Leningradi_Edasi_toimetus, lk 75
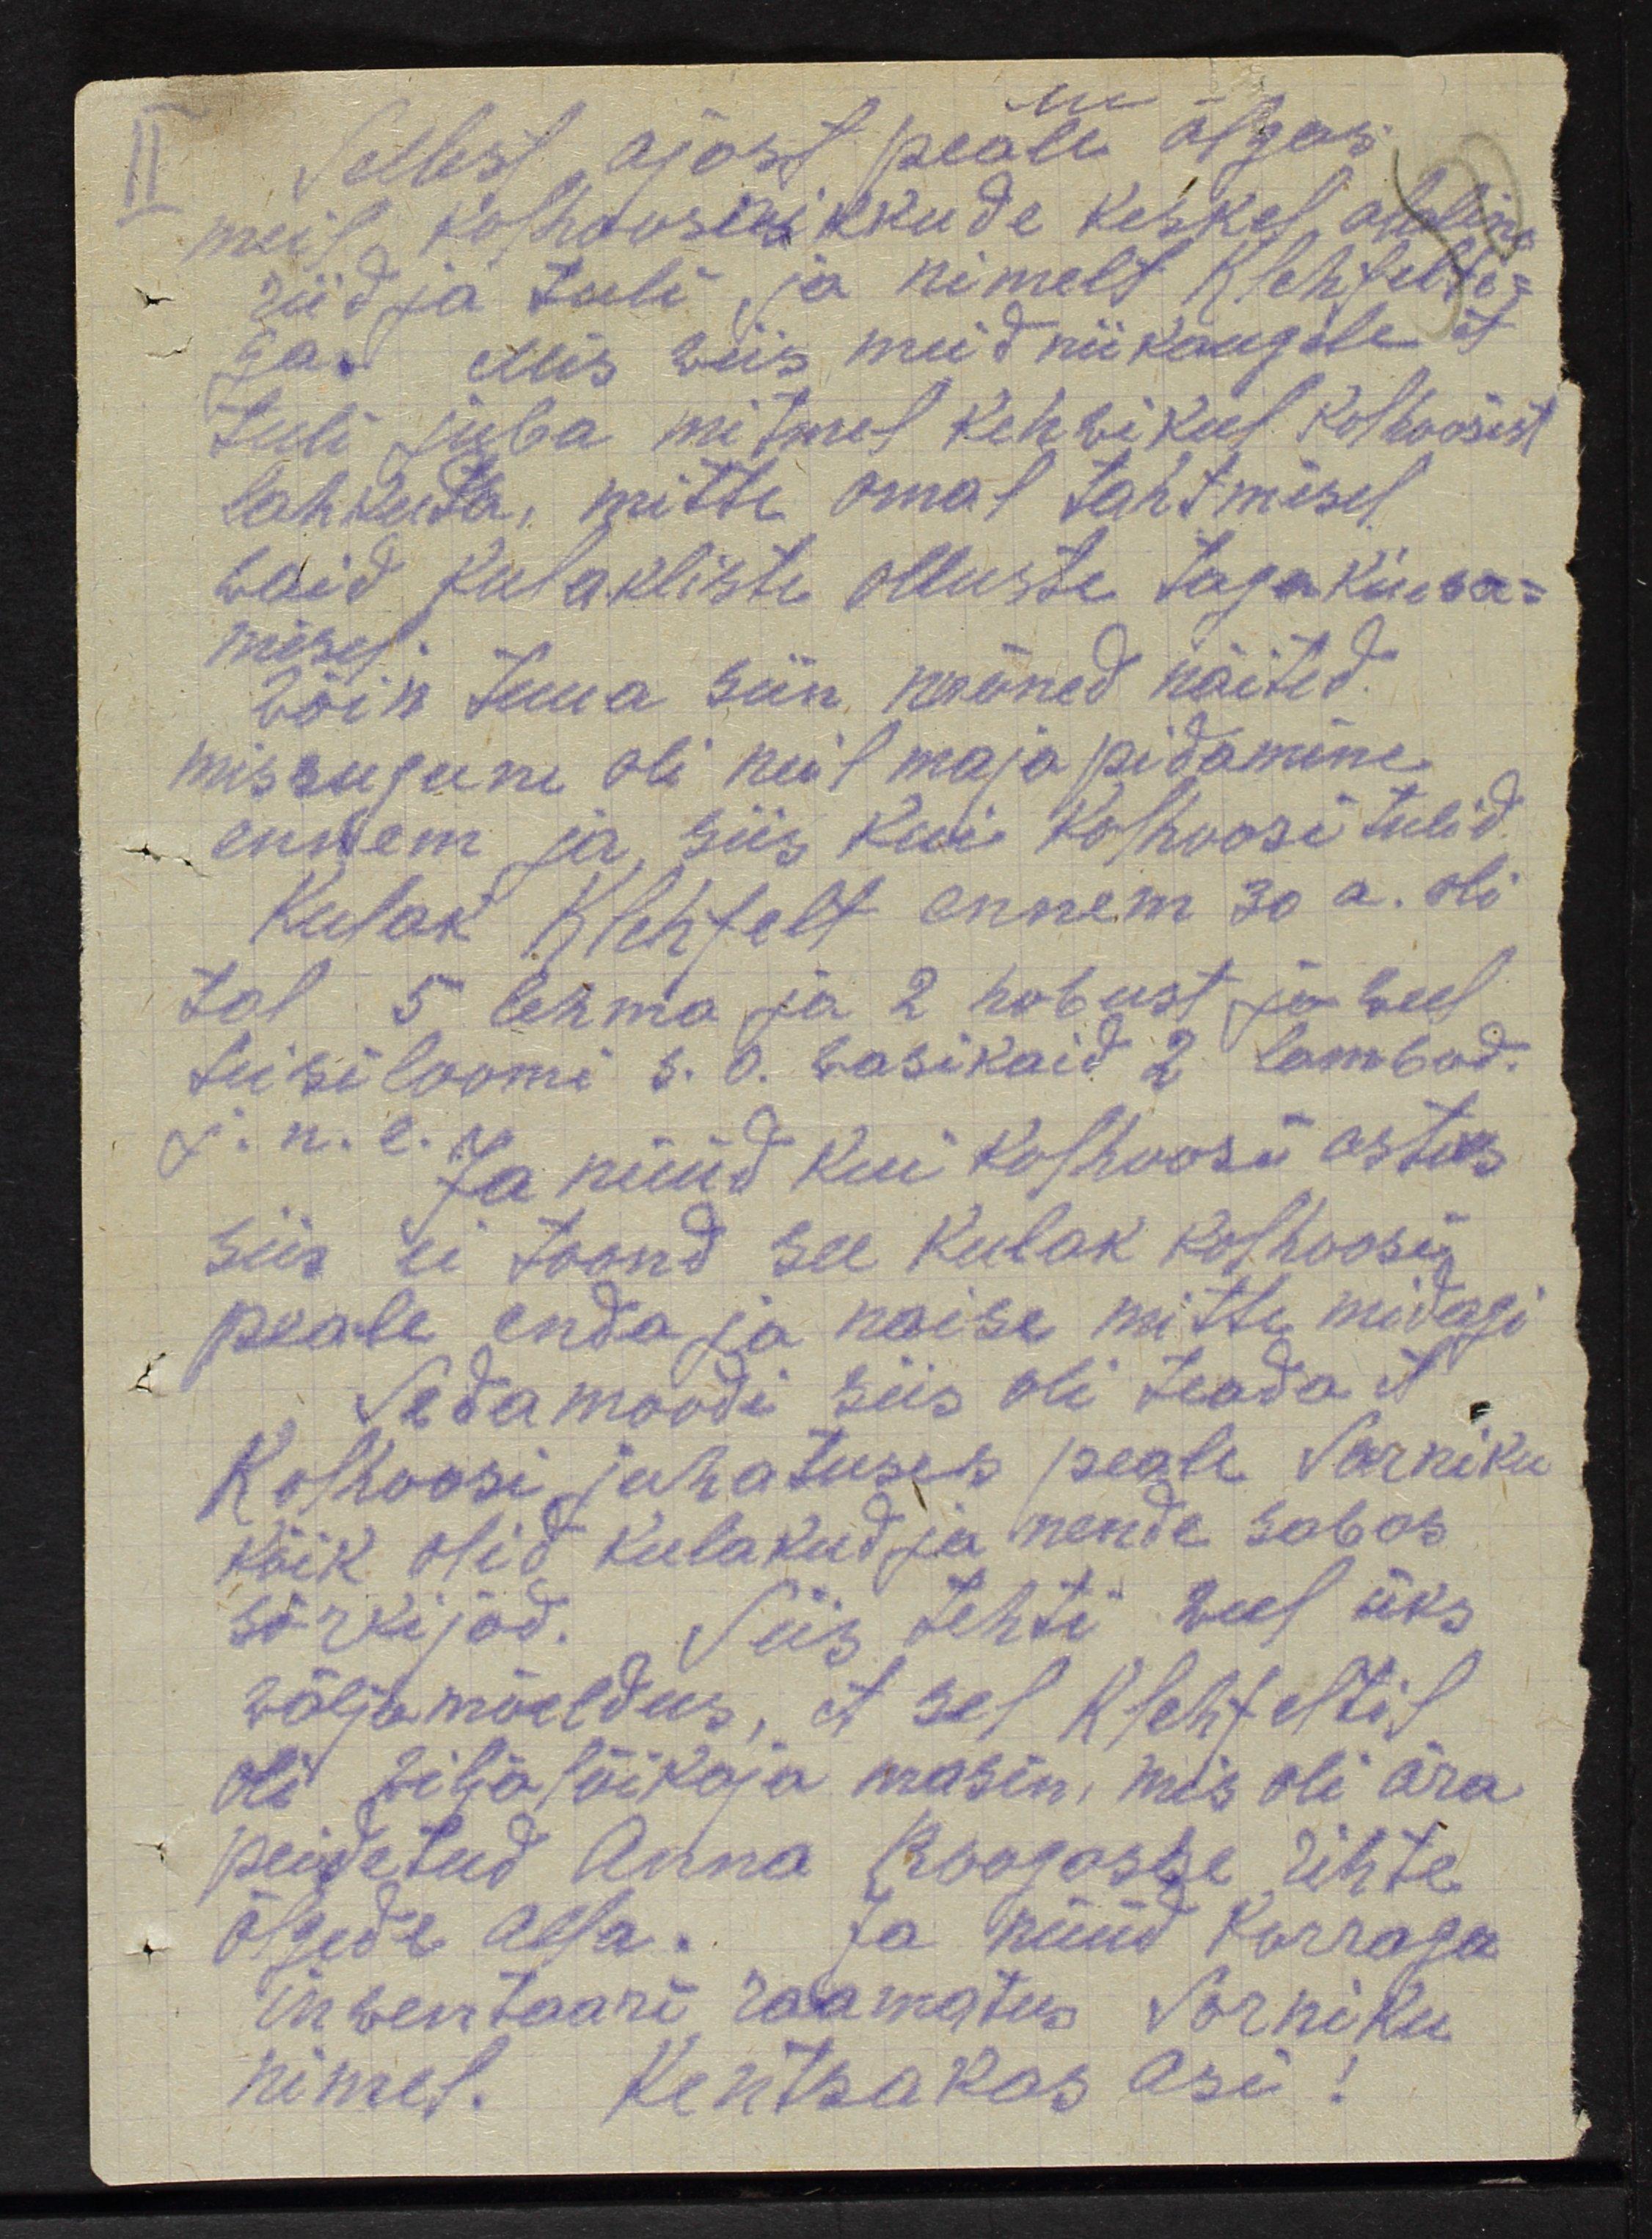
Sellest ajast peale algas
meil kolhoosnikkude keskel aline
riid ja tuli ja nimelt Klehfelti-
ga. Mis wiis meid nii kaugele et
tuli juba mitmel kehwikul kolhoosist
lahkuta, mitte omal tahtmisel
waid kulakliste olluste tagakiusa-
misel.
Wõin tuua siin mõned näited
missugune oli neil majapidamine
ennem ja siis kui kohoosi tulid
Kulak Klehfelt ennem 30 a. oli
tal 5 lehma ja 2 hobust ja weel
teisi loomi s. o. wasikaid 2 lambad.
j.n.e. Ja nüüd kui kohoosi astus
siis ei toond see kulak kolhoosi
peale enda ja naise mitte midagi
Seda moodi siis oli teada et
Kohoosi juhatuses peale Sarniku
kõik olid kulakud ja nende sabas
sörkijad. Siis tehti veel üks
wäljamõeldus, et sel Klehfeltil
oli wilja lõikaja masin, mis oli ära
peidetud Anna Roogosse ühte
õlgede alla. Ja nüüd korraga
inwentaari raamatus Sarniku
nimel kentsakas asi!